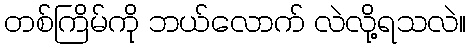
တစ်ကြိမ်ကို ဘယ်လောက် လဲလို့ရသလဲ။